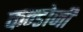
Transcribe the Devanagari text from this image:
कन्डोजी